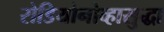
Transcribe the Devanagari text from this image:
रोडियोनोव्हासुद्धा